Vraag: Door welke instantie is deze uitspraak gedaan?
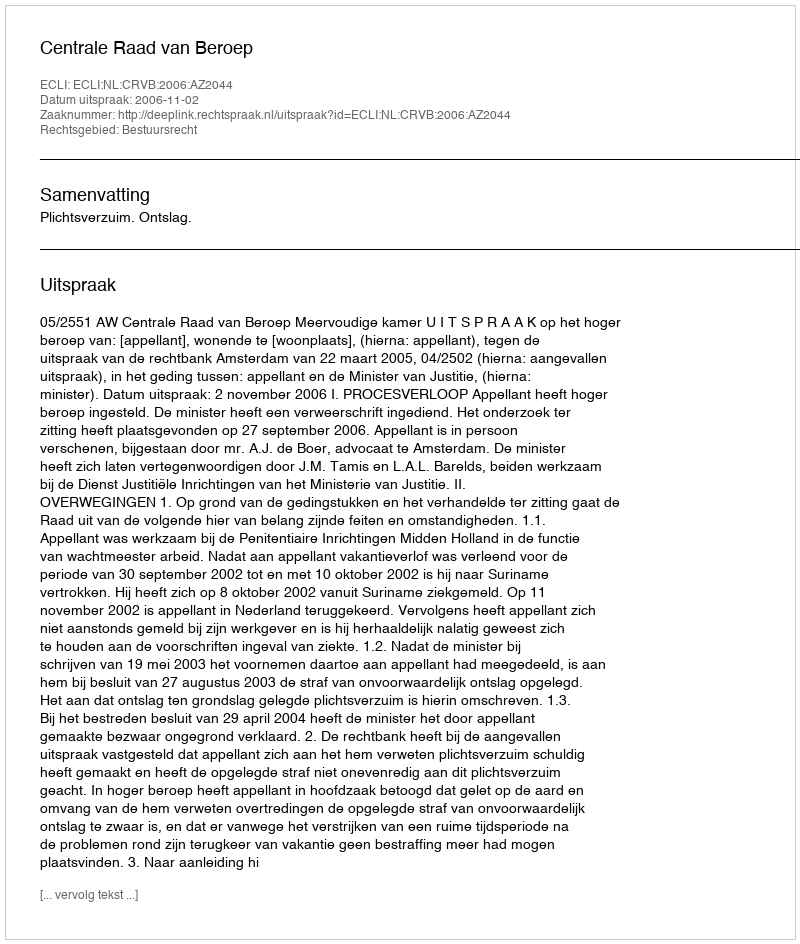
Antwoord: Centrale Raad van Beroep